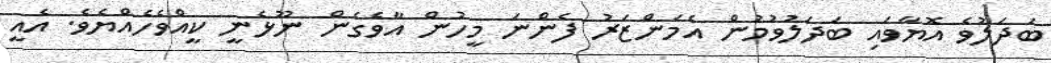
ބަދަލުވެ އޮޔާވައި ބަދަލުވުމުން އެމަންޒަރު ފެންނަ މީހުން އާވެގެން ނޫޅެނީ ކީއްވެހެއްޔެވެ. އެއީ